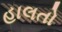
હાલતો